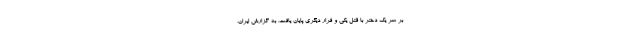
بر سر یک دختر با قتل یکی و فرار دیگری پایان یافت. به گزارش ایران،